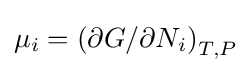
\mu _{i}=\left(\partial G/\partial N_{i}\right)_{T,P}